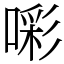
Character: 𭊑